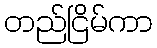
တည်ငြိမ်ကာ